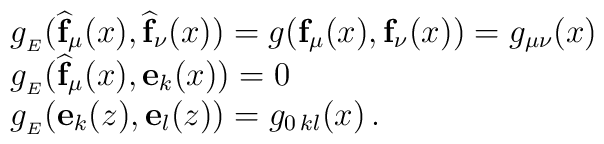
\begin{array}{ll}      g_{_E}(\widehat{\mathbf{f}}_\mu(x), \widehat{\mathbf{f}}_\nu(x))=g(\mathbf{f}_\mu(x), \mathbf{f}_\nu(x))=g_{\mu\nu}(x)\\      g_{_E}(\widehat{\mathbf{f}}_\mu(x), \mathbf{e}_k(x))=0 \\      g_{_E}(\mathbf{e}_k(z), \mathbf{e}_l(z))=g_{0 \, kl}(x) \, . \\    \end{array}